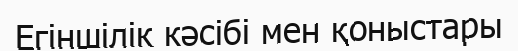
Егіншілік кəсібі мен қоныстары